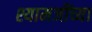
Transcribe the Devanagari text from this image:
श्यामजींच्या